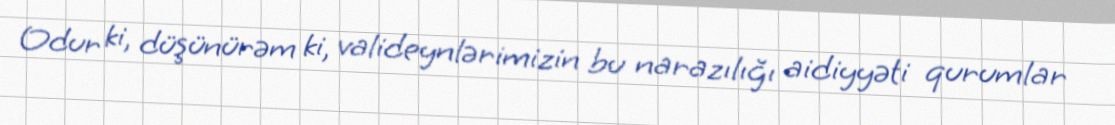
Odur ki, düşünürəm ki, valideynlərimizin bu narazılığı aidiyyəti qurumlar